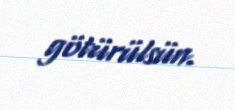
götürülsün.